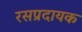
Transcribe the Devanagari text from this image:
रसप्रदायक